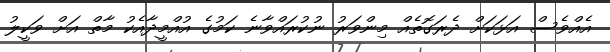
އެއްވެސް އަޅަކަށް ދެރަގޮތެއް މިންވަރު ނުކުރައްވާނެ ކަމުގެ އުއްމީދާއެކު މާތް އަށް ވަކީލު